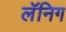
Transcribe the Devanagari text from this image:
लॅनिग